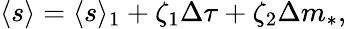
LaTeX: \begin{array}{ccc}{\displaystyle{\langle s\rangle=\langle s\rangle_{1}+\zeta_{1}\Delta\tau+\zeta_{2}\Delta m_{*},}}\end{array}